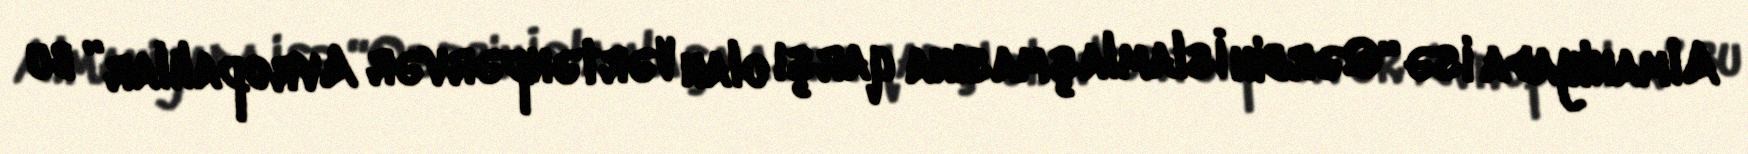
Almaniyada isə “Qərbin İslamlaşmasına qarşı olan Vərtənpərvər Avropalılar” bu